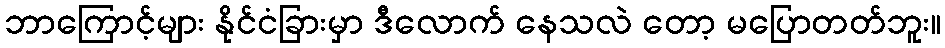
ဘာကြောင့်များ နိုင်ငံခြားမှာ ဒီလောက် နေသလဲ တော့ မပြောတတ်ဘူး။